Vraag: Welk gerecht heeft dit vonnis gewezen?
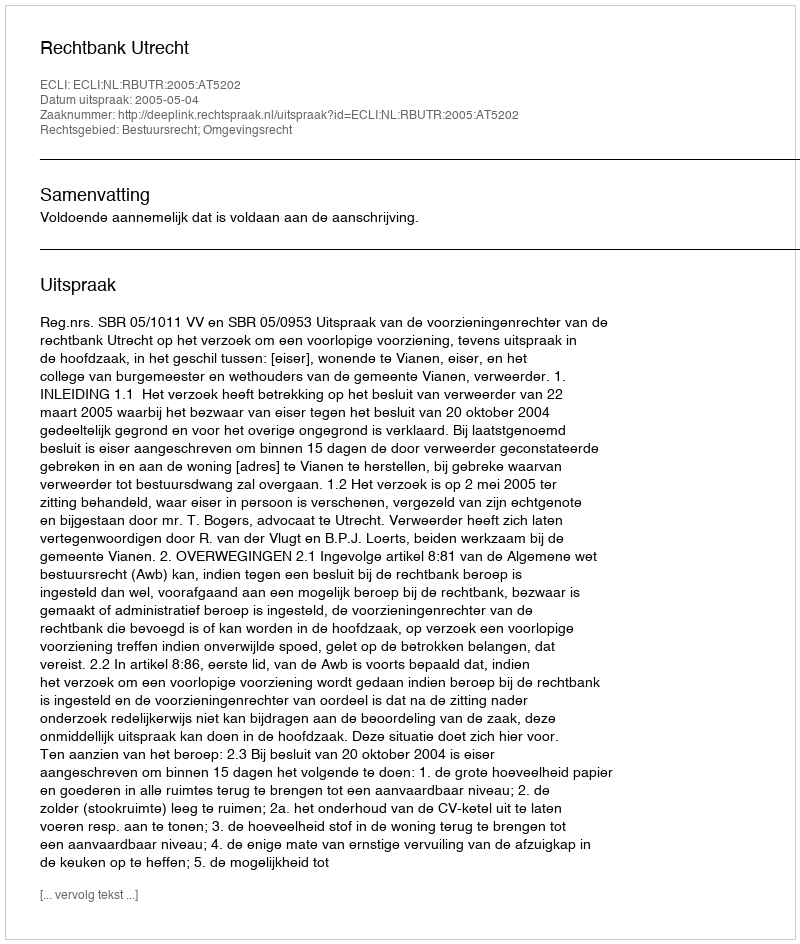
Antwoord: Rechtbank Utrecht